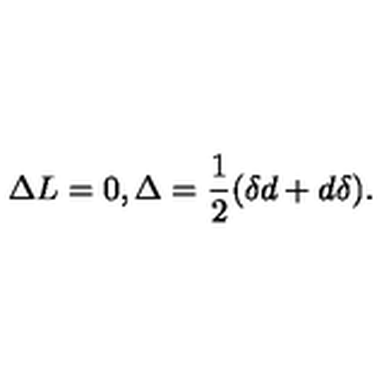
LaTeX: \Delta L = 0 , \Delta = \frac { 1 } { 2 } ( \delta d + d \delta ) .